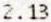
2.13